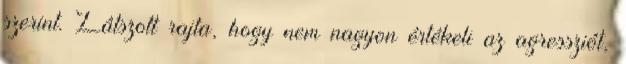
szerint. Látszott rajta, hogy nem nagyon értékeli az agressziót,